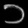
Digit: ၁